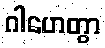
ဂါဟေတွာ